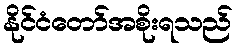
နိုင်ငံတော်အစိုးရသည်